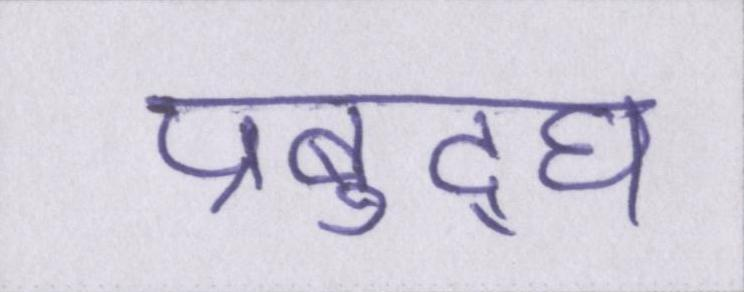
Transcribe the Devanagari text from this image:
प्रबुद्घ